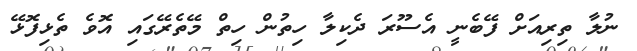
ނުލާ ތިރިއަށް ފޭބެނީ އެސޫރަ ދެކިލާ ހިތުން ހިތް މޭތެރޭގައި އޮވެ ތެޅިފޮޅޭ